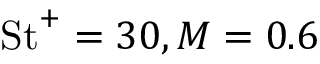
\mathrm { S t } ^ { + } = 3 0 , M = 0 . 6